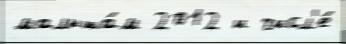
малыша́м 2012 и числ'е́